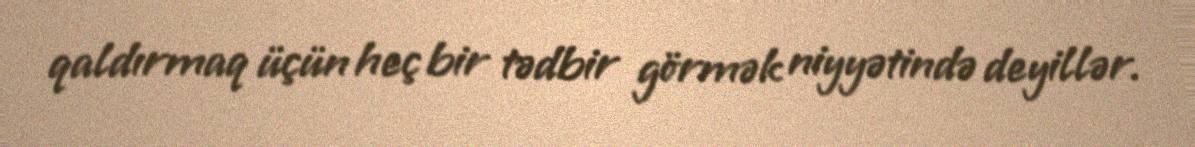
qaldırmaq üçün heç bir tədbir görmək niyyətində deyillər.